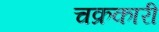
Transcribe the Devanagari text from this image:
चक्रकारी